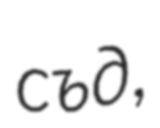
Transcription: съд,